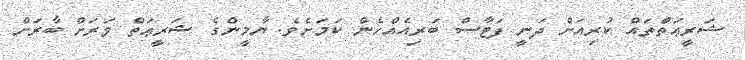
ޝަރީޢަތްތައް ކުރިއަށް ދަނީ ފަޓާސް ބަރިއެއްހެން ކަމަށެވެ. ޔާމީންގެ ޝަރީޢަތް ވަރަށް ބާރަށް